Lunatic asylums Punjab 1911-1921 - 1911-1921
Year: 1911
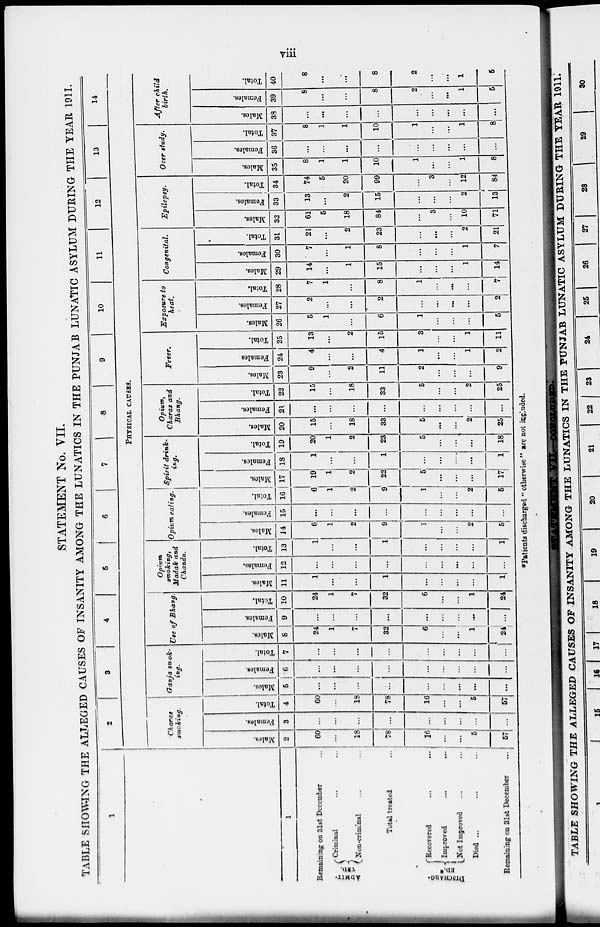
viii
STATEMENT No. VII.
TABLE SHOWING THE ALLEGED CAUSES OF INSANITY AMONG THE LUNATICS IN THE PUNJAB LUNATIC ASYLUM DURING THE YEAR 1911.
1
1
Remaining on 31st December ...
ADMITTED.
Criminal ... ...
Non-criminal ... ...
Total treated ...
Recovered ... ...
Improved ... ...
Not Improved ... ...
Died ... ... ...
Remaining on 31st December
...
2
3
4
5
6
7
8
9
10
11
12
13
14
PHYSICAL CAUSES.
Charas
smoking.
Males.
2
60
...
18
78
16
...
...
5
57
Females.
3
...
...
...
...
...
...
...
...
...
Total.
4
60
...
18
78
16
...
...
5
57
Ganja smok-
ing.
Males.
5
...
...
...
...
...
...
...
...
Females.
6
...
...
...
...
...
...
...
...
...
Total.
7
...
...
...
...
...
...
...
...
...
Use of Bhang.
Males.
8
24
1
7
32
6
...
...
1
24
Females.
9
...
...
...
...
...
...
...
...
...
Total.
10
24
1
7
32
6
...
...
1
24
Opium
smoking,
Madak and
Chandu.
Males.
11
1
...
...
1
...
...
...
...
l
Females.
12
...
...
...
...
...
...
...
...
...
Total.
13
1
...
...
1
...
...
...
...
1
Opium eating.
Males.
14
6
1
2
9
1
...
...
2
5
Females.
15
...
...
...
...
...
...
...
...
...
Total.
16
6
1
2
9
1
...
...
2
5
Spirit drink-
ing.
Males.
17
19
1
2
22
5
...
...
...
17
Females.
18
1
...
...
1
...
...
...
...
1
Total.
19
20
1
2
23
5
...
...
...
18
Opium,
Charas and
Bhang.
Males.
20
15
...
18
33
5
...
...
2
25
Females.
21
...
...
...
...
...
...
...
...
...
Total.
22
15
...
18
33
5
...
...
2
25
Fever.
Males.
23
9
...
2
11
2
...
...
...
9
Females.
24
4
...
...
4
1
...
...
1
2
Total.
25
13
...
2
15
3
...
...
1
11
Exposure to
heat.
Males.
26
5
1
...
6
1
...
...
...
5
Females.
27
2
...
...
2
...
...
...
...
2
Total.
28
7
1
...
8
1
...
...
...
7
Congenital.
Males.
29
14
...
1
15
...
...
...
1
14
Females.
30
7
...
1
8
...
...
...
1
7
Total.
31
21
...
2
23
...
...
...
2
21
Epilepsy.
Males.
32
61
5
18
84
...
3
...
10
71
Females.
33
13
...
2
15
...
...
...
2
13
Total.
34
74
5
20
99
...
3
...
12
84
Over study.
Males.
35
8
1
1
10
1
...
...
1
8
Females.
36
...
...
...
...
...
...
...
...
...
Total.
37
8
1
1
10
1
...
...
1
8
After child
birth.
Males.
38
...
...
...
...
...
...
...
...
...
Females.
39
8
...
...
8
2
...
...
1
5
Total.
40
8
...
...
8
2
...
...
1
5
*Patients discharged "otherwise " are not included.